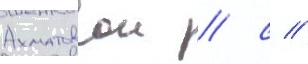
Ахматовои / с //